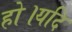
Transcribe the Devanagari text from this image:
हो।यदि